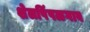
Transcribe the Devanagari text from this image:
शेलपिंपळगाव